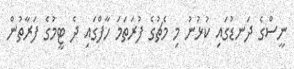
ނީސްގެ ދަނޑުގައި ކުޅުނު މި މެޗުގެ ފުރަތަމަ ހާފްގައި ދެ ޓީމުގެ ފަރާތުން